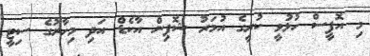
މި އޮފީސް ހުޅުވީ ކުރީގެ އުމަރު ޝޮޕިން އާކެޑް އަދި މިހާރުގެ ސިޓީ